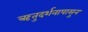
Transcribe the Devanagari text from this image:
ऋतुदर्शनापासुन